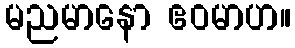
မညမာနော ဧဝမာဟ။